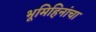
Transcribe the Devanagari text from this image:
भूमिहिनांचा